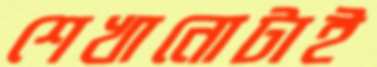
শেখানোটাই